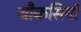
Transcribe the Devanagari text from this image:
चौकसियों